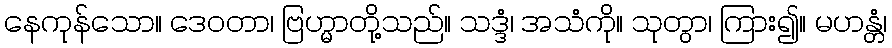
နေကုန်သော။ ဒေဝတာ၊ ဗြဟ္မာတို့သည်။ သဒ္ဒံ၊ အသံကို။ သုတွာ၊ ကြား၍။ မဟန္တံ၊